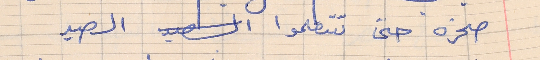
صخره حتى تتعلموا الصيد